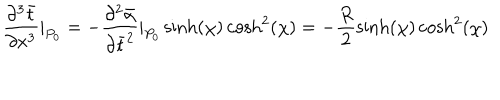
LaTeX: \frac { \partial ^ { 3 } \bar { t } } { \partial x ^ { 3 } } | _ { P _ { 0 } } = - \frac { \partial ^ { 2 } \bar { \alpha } } { \partial \bar { t } ^ { 2 } } | _ { P _ { 0 } } \sinh ( \chi ) \cosh ^ { 2 } ( \chi ) = - \frac { R } { 2 } \sinh ( \chi ) \cosh ^ { 2 } ( \chi )